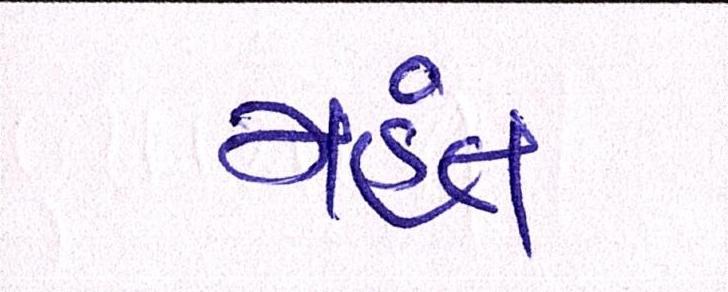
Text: મહંત